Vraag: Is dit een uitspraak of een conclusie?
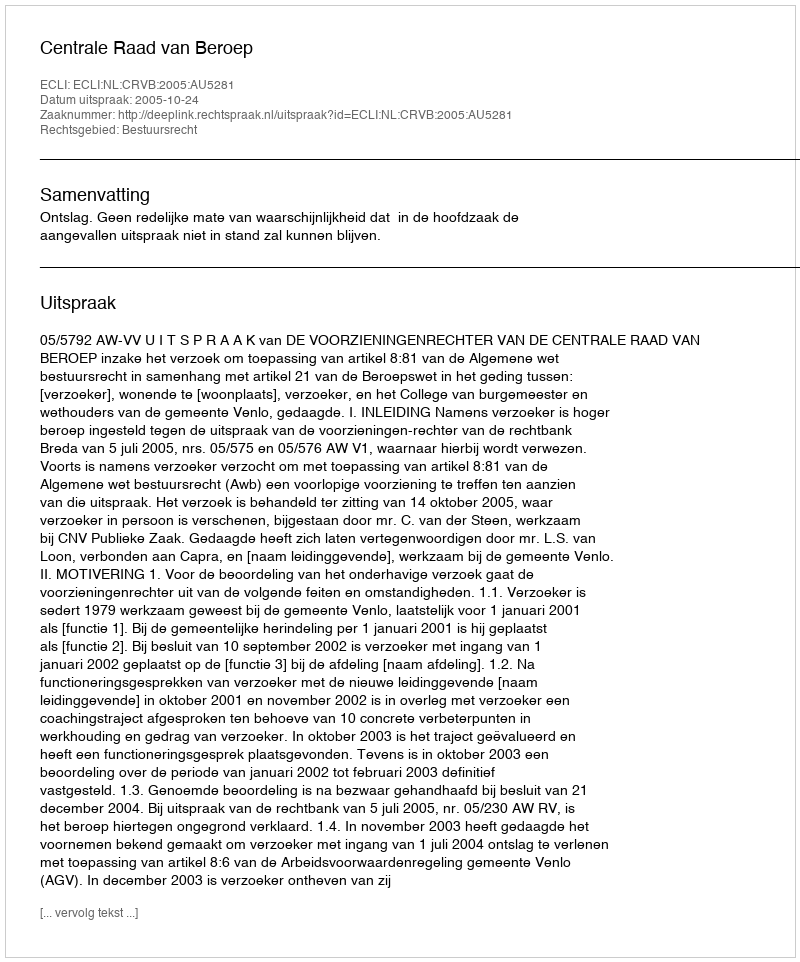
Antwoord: Uitspraak